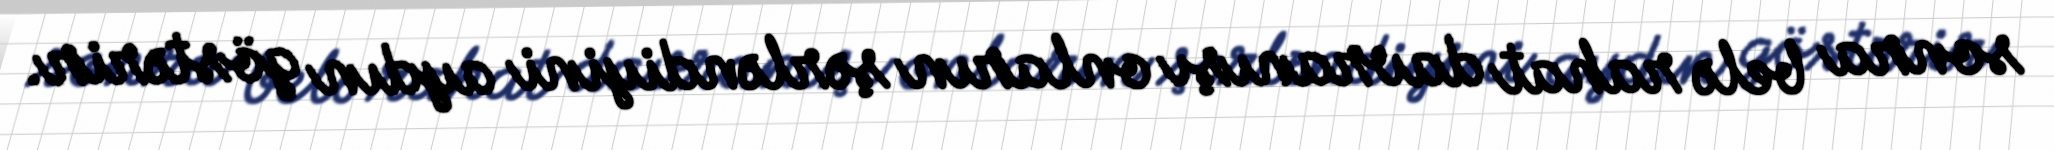
sonra belə rahat davranışı onların şərləndiyini aydın göstərir.